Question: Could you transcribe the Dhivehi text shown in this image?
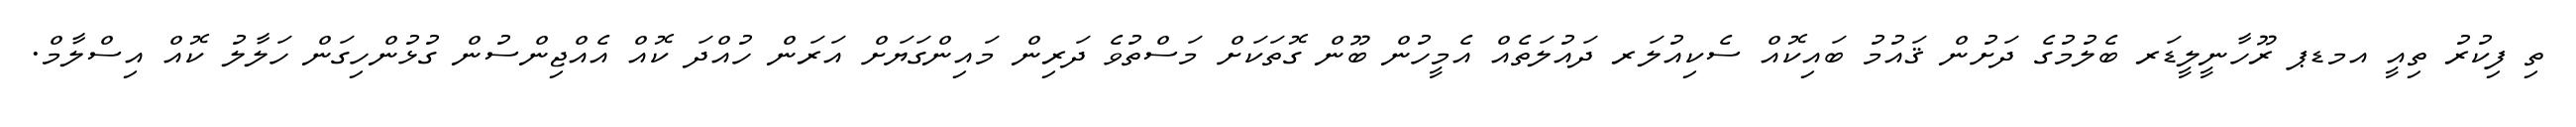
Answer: ތި ފިކުރު ތިއީ އމޑޕ ރޫހާނީލީޑަރ ބެލުމުގެ ދަށުން ޤައުމު ބައިކޮއް ސެކިއުލަރ ދައުލަތެއް އެމީހުން ބޫން ގޮތަކަށް މަސްތުވެ ދަރިން މައިންގަޔަށް އަރަން ހުއްދަ ކޮއް އެއްޖިންސުން ގުޅުންހިގަން ހަލާލު ކޮއް އިސްލާމް.